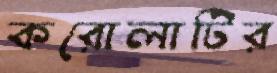
করোলাটির